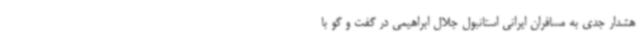
هشدار جدی به مسافران ایرانی استانبول جلال ابراهیمی در گفت و گو با